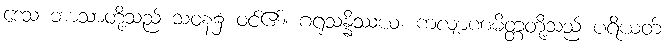
ဒေသ ဘာသာတို့သည် သဝန၌ ဝင်၏။ ဂရုသန္နိဿယ၊ ကလျာဏမိတ္တတို့သည် ပရိယတ်